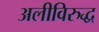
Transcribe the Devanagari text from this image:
अलीविरुद्ध